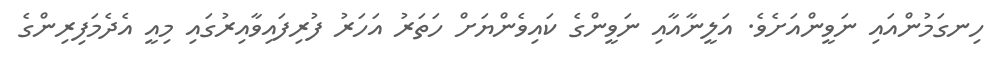
ހިނގަމުންއައި ނަވީންއަށެވެ. އަލީނާއާއި ނަވީންގެ ކައިވެންޔަށް ހަތަރު އަހަރު ފުރިފައިވާއިރުގައި މިއީ އެދެމަފިރިންގެ